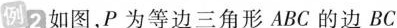
例2 如图，P为等边三角形ABC的边BC